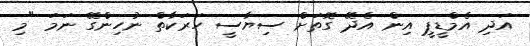
އަދި އެމްޑީޕީ އިން އެދޭ ގޮތަށް ސިޔާސީ ހަރަކާތް ނުހިންގޭ ނަމަ "މި